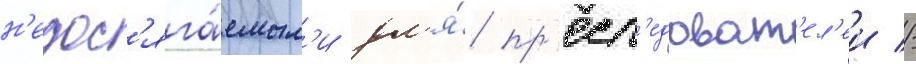
н'едос'яга́емым'и дл'я́ пр'есл'едоват'ел'еи //